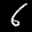
Label: 6